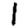
Digit: 1